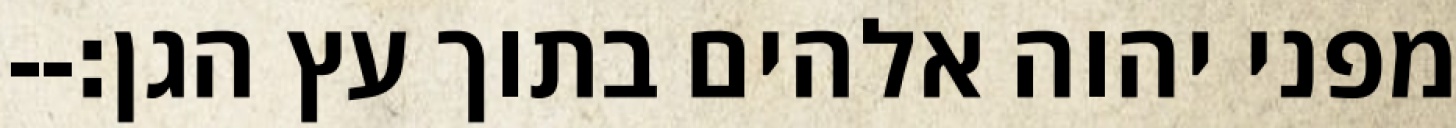
מפני יהוה אלהים בתוך עץ הגן׃--